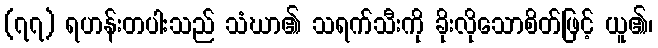
(၇၇) ရဟန်းတပါးသည် သံဃာ၏ သရက်သီးကို ခိုးလိုသောစိတ်ဖြင့် ယူ၏၊